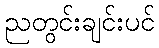
ညတွင်းချင်းပင်